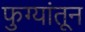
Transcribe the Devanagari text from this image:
फुग्यांतून